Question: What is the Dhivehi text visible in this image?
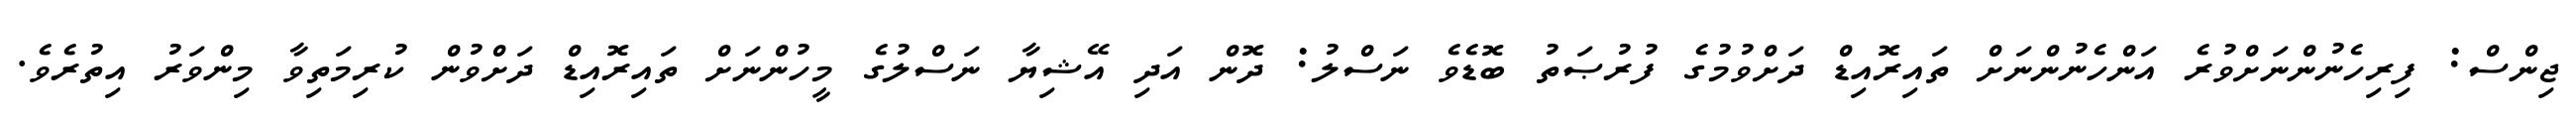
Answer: ޖިންސް: ފިރިހެނުންނަށްވުރެ އަންހެނުންނަށް ތައިރޮއިޑް ދަށްވުމުގެ ފުރުޞަތު ބޮޑެވެ ނަސްލު: ދޮން އަދި އޭޝިޔާ ނަސްލުގެ މީހުންނަށް ތައިރޮއިޑް ދަށްވުން ކުރިމަތިވާ މިންވަރު އިތުރެވެ.